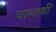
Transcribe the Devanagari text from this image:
घालावीं